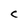
Character: C